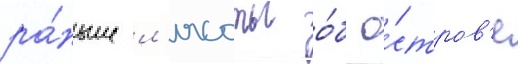
ра́ньше л'ясоты о́б о́стров'е